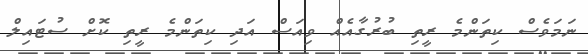
ނަމަވެސް ކިތަންމެ ރީތި ބުރުގާއެއް ވިއަސް އަދި ކިތަންމެ ރީތި ކޮށް ސުޓައިލް